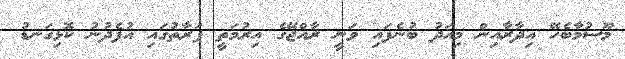
މޫސުމާބެހޭ އިދާރާއިން މިއަދު ބުނެފައި ވަނީ ރާއްޖޭގެ އިރުމަތީ ފަރާތުގައި އުފެދުނު ކޮޅިގަނޑު